Source: Handwritten
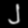
Digit: ၂ (2)